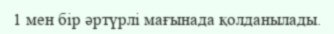
1 мен бір әртүрлі мағынада қолданылады.